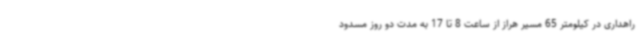
راهداری در کیلومتر 65 مسیر هراز از ساعت 8 تا 17 به مدت دو روز مسدود